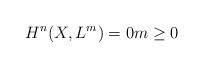
LaTeX: \begin{align*}H^{n}(X, L^{m}) = 0m\geq 0\end{align*}